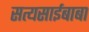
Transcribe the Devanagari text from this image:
सत्यसाईबाबा